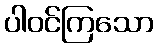
ပါဝင်ကြသော